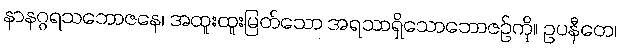
နာနဂ္ဂရသဘောဇနေ၊ အထူးထူးမြတ်သော အရသာရှိသောဘောဇဉ်ကို။ ဥပနီတေ၊